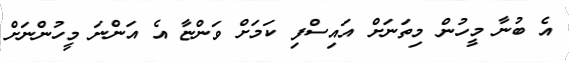
އެ ބުނާ މީހުން މިތަނަށް އައިސްފި ކަމަށް ވަންޏާ އެ އަންނަ މީހުންނަށް